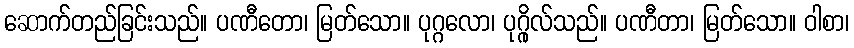
ဆောက်တည်ခြင်းသည်။ ပဏီတော၊ မြတ်သော။ ပုဂ္ဂလော၊ ပုဂ္ဂိုလ်သည်။ ပဏီတာ၊ မြတ်သော။ ဝါစာ၊